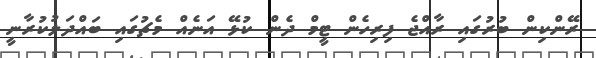
ރޭންކިން ބުރުގައި ރާއްޖެ ފިރިހެން ޓީމް ދެން ކުޅޭ އަނެއް މެޗުގައި ބައްދަލުކުރާނީ